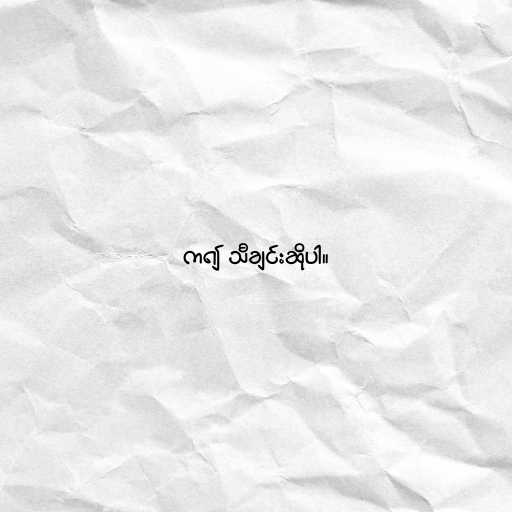
က၍ သီချင်းဆိုပါ။